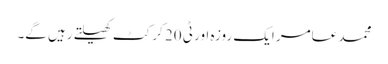
محمد عامر ایک روزہ اور ٹی 20 کرکٹ کھیلتے رہیں گے۔